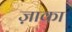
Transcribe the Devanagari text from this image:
ज़ाका